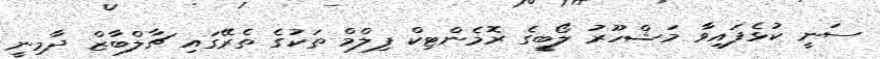
ސަނީ ކުޅެފައިވާ މަޝްހޫރު ލޯބީގެ ރޮމެންޓިކް ފިލްމް ތަކުގެ ތެރޭގައި ޗާލްބާޒް ދާމިނީ